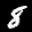
Label: 8